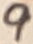
Text: 9